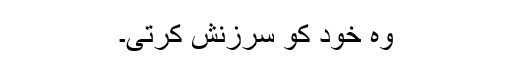
وہ خود کو سرزنش کرتی۔